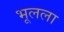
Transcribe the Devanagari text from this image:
भूलला